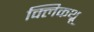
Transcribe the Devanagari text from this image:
क्लिकथ्रू